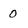
Character: o